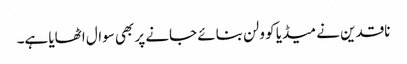
ناقدین نے میڈیا کو ولن بنائے جانے پر بھی سوال اٹھایا ہے۔